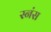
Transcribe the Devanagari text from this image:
स्नंस